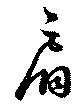
肩